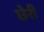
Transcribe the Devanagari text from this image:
छेरी